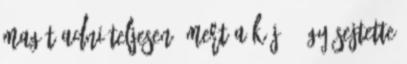
magát adni teljesen, mert a kéj – úgy sejtette